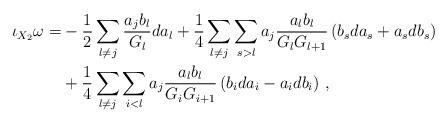
LaTeX: \begin{align*} \begin{aligned} \iota_{X_2}\omega=& -\frac12 \sum_{l\neq j} \frac{a_j b_l}{G_l} da_l+\frac14 \sum_{l\neq j} \sum_{s>l} a_j\frac{a_l b_l}{G_l G_{l+1}}\left(b_s da_s+a_s db_s \right) \\&+\frac14 \sum_{l\neq j} \sum_{i<l} a_j\frac{a_l b_l}{G_i G_{i+1}} \left(b_i da_i- a_i db_i \right)\,, \end{aligned}\end{align*}